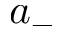
a _ { - }